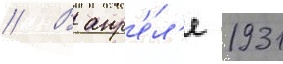
// В апр'е́л'е 1931